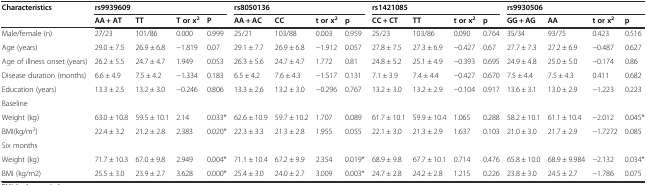
<table><thead><tr><td rowspan="2"><b>Characteristics</b></td><td colspan="4"><b>rs9939609</b></td><td colspan="4"><b>rs8050136</b></td><td colspan="4"><b>rs1421085</b></td><td colspan="4"><b>rs9930506</b></td></tr><tr><td><b>AA + AT</b></td><td><b>TT</b></td><td><b>T or x<sup>2</sup></b></td><td><b>P</b></td><td><b>AA + AC</b></td><td><b>CC</b></td><td><b>t or x<sup>2</sup></b></td><td><b>p</b></td><td><b>CC + CT</b></td><td><b>TT</b></td><td><b>t or x<sup>2</sup></b></td><td><b>p</b></td><td><b>GG + AG</b></td><td><b>AA</b></td><td><b>t or x<sup>2</sup></b></td><td><b>p</b></td></tr></thead><tbody><tr><td>Male/female (n)</td><td>27/23</td><td>101/86</td><td>0.000</td><td>0.999</td><td>25/21</td><td>103/88</td><td>0.003</td><td>0.959</td><td>25/23</td><td>103/86</td><td>0.090</td><td>0.764</td><td>35/34</td><td>93/75</td><td>0.423</td><td>0.516</td></tr><tr><td>Age (years)</td><td>29.0 ± 7.5</td><td>26.9 ± 6.8</td><td>−1.819</td><td>0.07</td><td>29.1 ± 7.7</td><td>26.9 ± 6.8</td><td>−1.912</td><td>0.057</td><td>27.8 ± 7.5</td><td>27.3 ± 6.9</td><td>−0.427</td><td>0.67</td><td>27.7 ± 7.3</td><td>27.2 ± 6.9</td><td>−0.487</td><td>0.627</td></tr><tr><td>Age of illness onset (years)</td><td>26.2 ± 5.5</td><td>24.7 ± 4.7</td><td>1.949</td><td>0.053</td><td>26.3 ± 5.6</td><td>24.7 ± 4.7</td><td>1.772</td><td>0.81</td><td>24.8 ± 5.2</td><td>25.1 ± 4.9</td><td>−0.393</td><td>0.695</td><td>24.9 ± 4.8</td><td>25.0 ± 5.0</td><td>−0.174</td><td>0.86</td></tr><tr><td>Disease duration (months)</td><td>6.6 ± 4.9</td><td>7.5 ± 4.2</td><td>−1.334</td><td>0.183</td><td>6.5 ± 4.2</td><td>7.6 ± 4.3</td><td>−1.517</td><td>0.131</td><td>7.1 ± 3.9</td><td>7.4 ± 4.4</td><td>−0.427</td><td>0.670</td><td>7.5 ± 4.4</td><td>7.5 ± 4.3</td><td>0.411</td><td>0.682</td></tr><tr><td>Education (years)</td><td>13.3 ± 2.5</td><td>13.2 ± 3.0</td><td>−0.246</td><td>0.806</td><td>13.3 ± 2.6</td><td>13.2 ± 3.0</td><td>−0.296</td><td>0.767</td><td>13.2 ± 3.0</td><td>13.2 ± 2.9</td><td>−0.104</td><td>0.917</td><td>13.6 ± 3.1</td><td>13.0 ± 2.9</td><td>−1.223</td><td>0.223</td></tr><tr><td>Baseline</td><td></td><td></td><td></td><td></td><td></td><td></td><td></td><td></td><td></td><td></td><td></td><td></td><td></td><td></td><td></td><td></td></tr><tr><td>Weight (kg)</td><td>63.0 ± 10.8</td><td>59.5 ± 10.1</td><td>2.14</td><td>0.033*</td><td>62.6 ± 10.9</td><td>59.7 ± 10.2</td><td>1.707</td><td>0.089</td><td>61.7 ± 10.1</td><td>59.9 ± 10.4</td><td>1.065</td><td>0.288</td><td>58.2 ± 10.1</td><td>61.1 ± 10.4</td><td>−2.012</td><td>0.045*</td></tr><tr><td>BMI(kg/m<sup>2</sup>)</td><td>22.4 ± 3.2</td><td>21.2 ± 2.8</td><td>2.383</td><td>0.020*</td><td>22.3 ± 3.3</td><td>21.3 ± 2.8</td><td>1.955</td><td>0.055</td><td>22.1 ± 3.0</td><td>21.3 ± 2.9</td><td>1.637</td><td>0.103</td><td>21.0 ± 3.0</td><td>21.7 ± 2.9</td><td>−1.7272</td><td>0.085</td></tr><tr><td>Six months</td><td></td><td></td><td></td><td></td><td></td><td></td><td></td><td></td><td></td><td></td><td></td><td></td><td></td><td></td><td></td><td></td></tr><tr><td>Weight (kg)</td><td>71.7 ± 10.3</td><td>67.0 ± 9.8</td><td>2.949</td><td>0.004*</td><td>71.1 ± 10.4</td><td>67.2 ± 9.9</td><td>2.354</td><td>0.019*</td><td>68.9 ± 9.8</td><td>67.7 ± 10.1</td><td>0.714</td><td>0.476</td><td>65.8 ± 10.0</td><td>68.9 ± 9.984</td><td>−2.132</td><td>0.034*</td></tr><tr><td>BMI (kg/m2)</td><td>25.5 ± 3.0</td><td>23.9 ± 2.7</td><td>3.628</td><td>0.000*</td><td>25.4 ± 3.0</td><td>24.0 ± 2.7</td><td>3.009</td><td>0.003*</td><td>24.7 ± 2.8</td><td>24.2 ± 2.8</td><td>1.215</td><td>0.226</td><td>23.8 ± 3.0</td><td>24.5 ± 2.7</td><td>−1.786</td><td>0.075</td></tr></tbody></table>